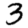
Digit: 3